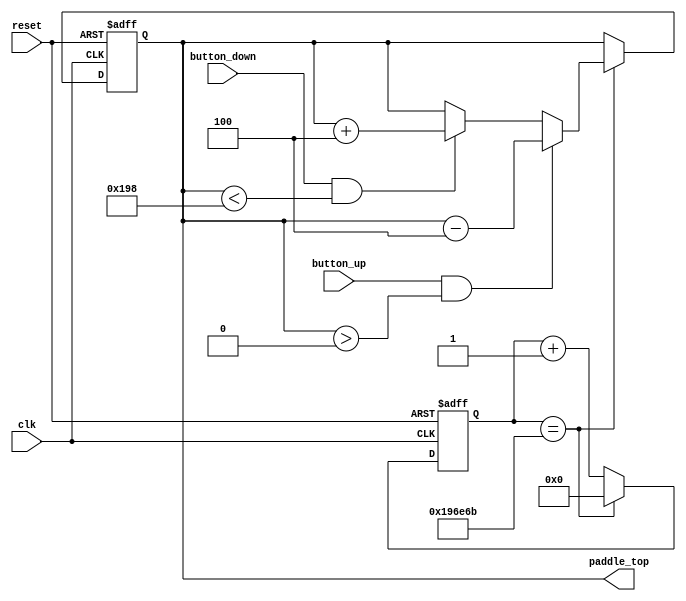
`timescale 1ns / 1ps
//****************************************************************// 
//                                                                // 
//  Created by Naoaki Takatsu on 04/25/2018.                      // 
//  Copyright  2018                                              //
//  Naoaki Takatsu. All rights reserved.                          // 
//                                                                // 
//                                                                // 
//  In submitting this file for class work at CSULB               // 
//  I am confirming that this is my work and the work             // 
//  of no one else. In submitting this code I acknowledge that    // 
//  plagiarism in student project work is subject to dismissal.   //  
//  from the class                                                // 
//****************************************************************//

module paddle(clk, reset, button_up, button_down, paddle_top);
	 
   input clk, reset, button_up, button_down;
   output reg [9:0] paddle_top;
	reg [9:0] new_paddle_top;
	
	localparam bottom_w = 480; //bottom wall pixel
	localparam height_p = 72; //height of paddle
	
	//60Hz tick generator//////////////////////////////////
	                                                     //
	wire      refr_tick;                                 //
	reg [20:0] count;                                    //
	reg [20:0] n_count;                                  //
                                                        //
	//100MHz/1,666,667 = 60hz                            //
	assign refr_tick = (count == 1666667);               //
	                                                     //
	always @ (posedge clk, posedge reset)                //
	   if(reset)                                         //
		   count <= 1'b0;                                 //
		else                                              //
		   count <= n_count;                              //
			                                               //
	always @ (*)                                         //
	   n_count = (refr_tick) ? 1'b0 : (count + 1'b1);    //
		                                                  //
	///////////////////////////////////////////////////////
	
	always @ (posedge clk, posedge reset)
	begin
	
      if(reset)
		   paddle_top <= 204;
		
		else if (refr_tick)
		   paddle_top <= new_paddle_top;
			
		else
		   paddle_top <= paddle_top;

	end

	always @ (*)
	begin
	
	   new_paddle_top = 1'b0;
		
		if( button_up && ( paddle_top > 0 ) )
		   new_paddle_top = paddle_top - 3'b100;
			
		else if( button_down && ( paddle_top < ( bottom_w - height_p ) ) )
		   new_paddle_top = paddle_top + 3'b100;
			
		else
		   new_paddle_top = paddle_top;
	
	end

endmodule